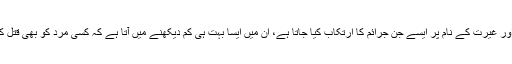
لیکن عزت اور غیرت کے نام پر ایسے جن جرائم کا ارتکاب کیا جاتا ہے، ان میں ایسا بہت ہی کم دیکھنے میں آتا ہے کہ کسی مرد کو بھی قتل کر دیا جائے۔